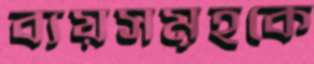
ব্যয়সমূহকে